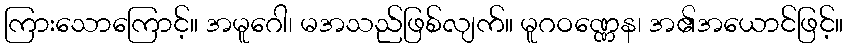
ကြားသောကြောင့်။ အမူဂေါ၊ မအသည်ဖြစ်လျက်။ မူဂဝဏ္ဏေန၊ အ၏အယောင်ဖြင့်။